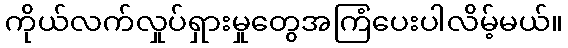
ကိုယ်လက်လှုပ်ရှားမှုတွေအကြံပေးပါလိမ့်မယ်။